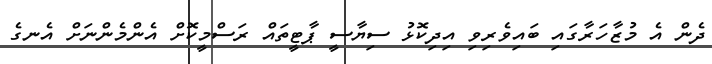
ދެން އެ މުޒާހަރާގައި ބައިވެރިވި އިދިކޮޅު ސިޔާސީ ޕާޓީތައް ރަސްމީކޮށް އެންމެންނަށް އެނގެ